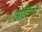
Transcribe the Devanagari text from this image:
ओलिगो